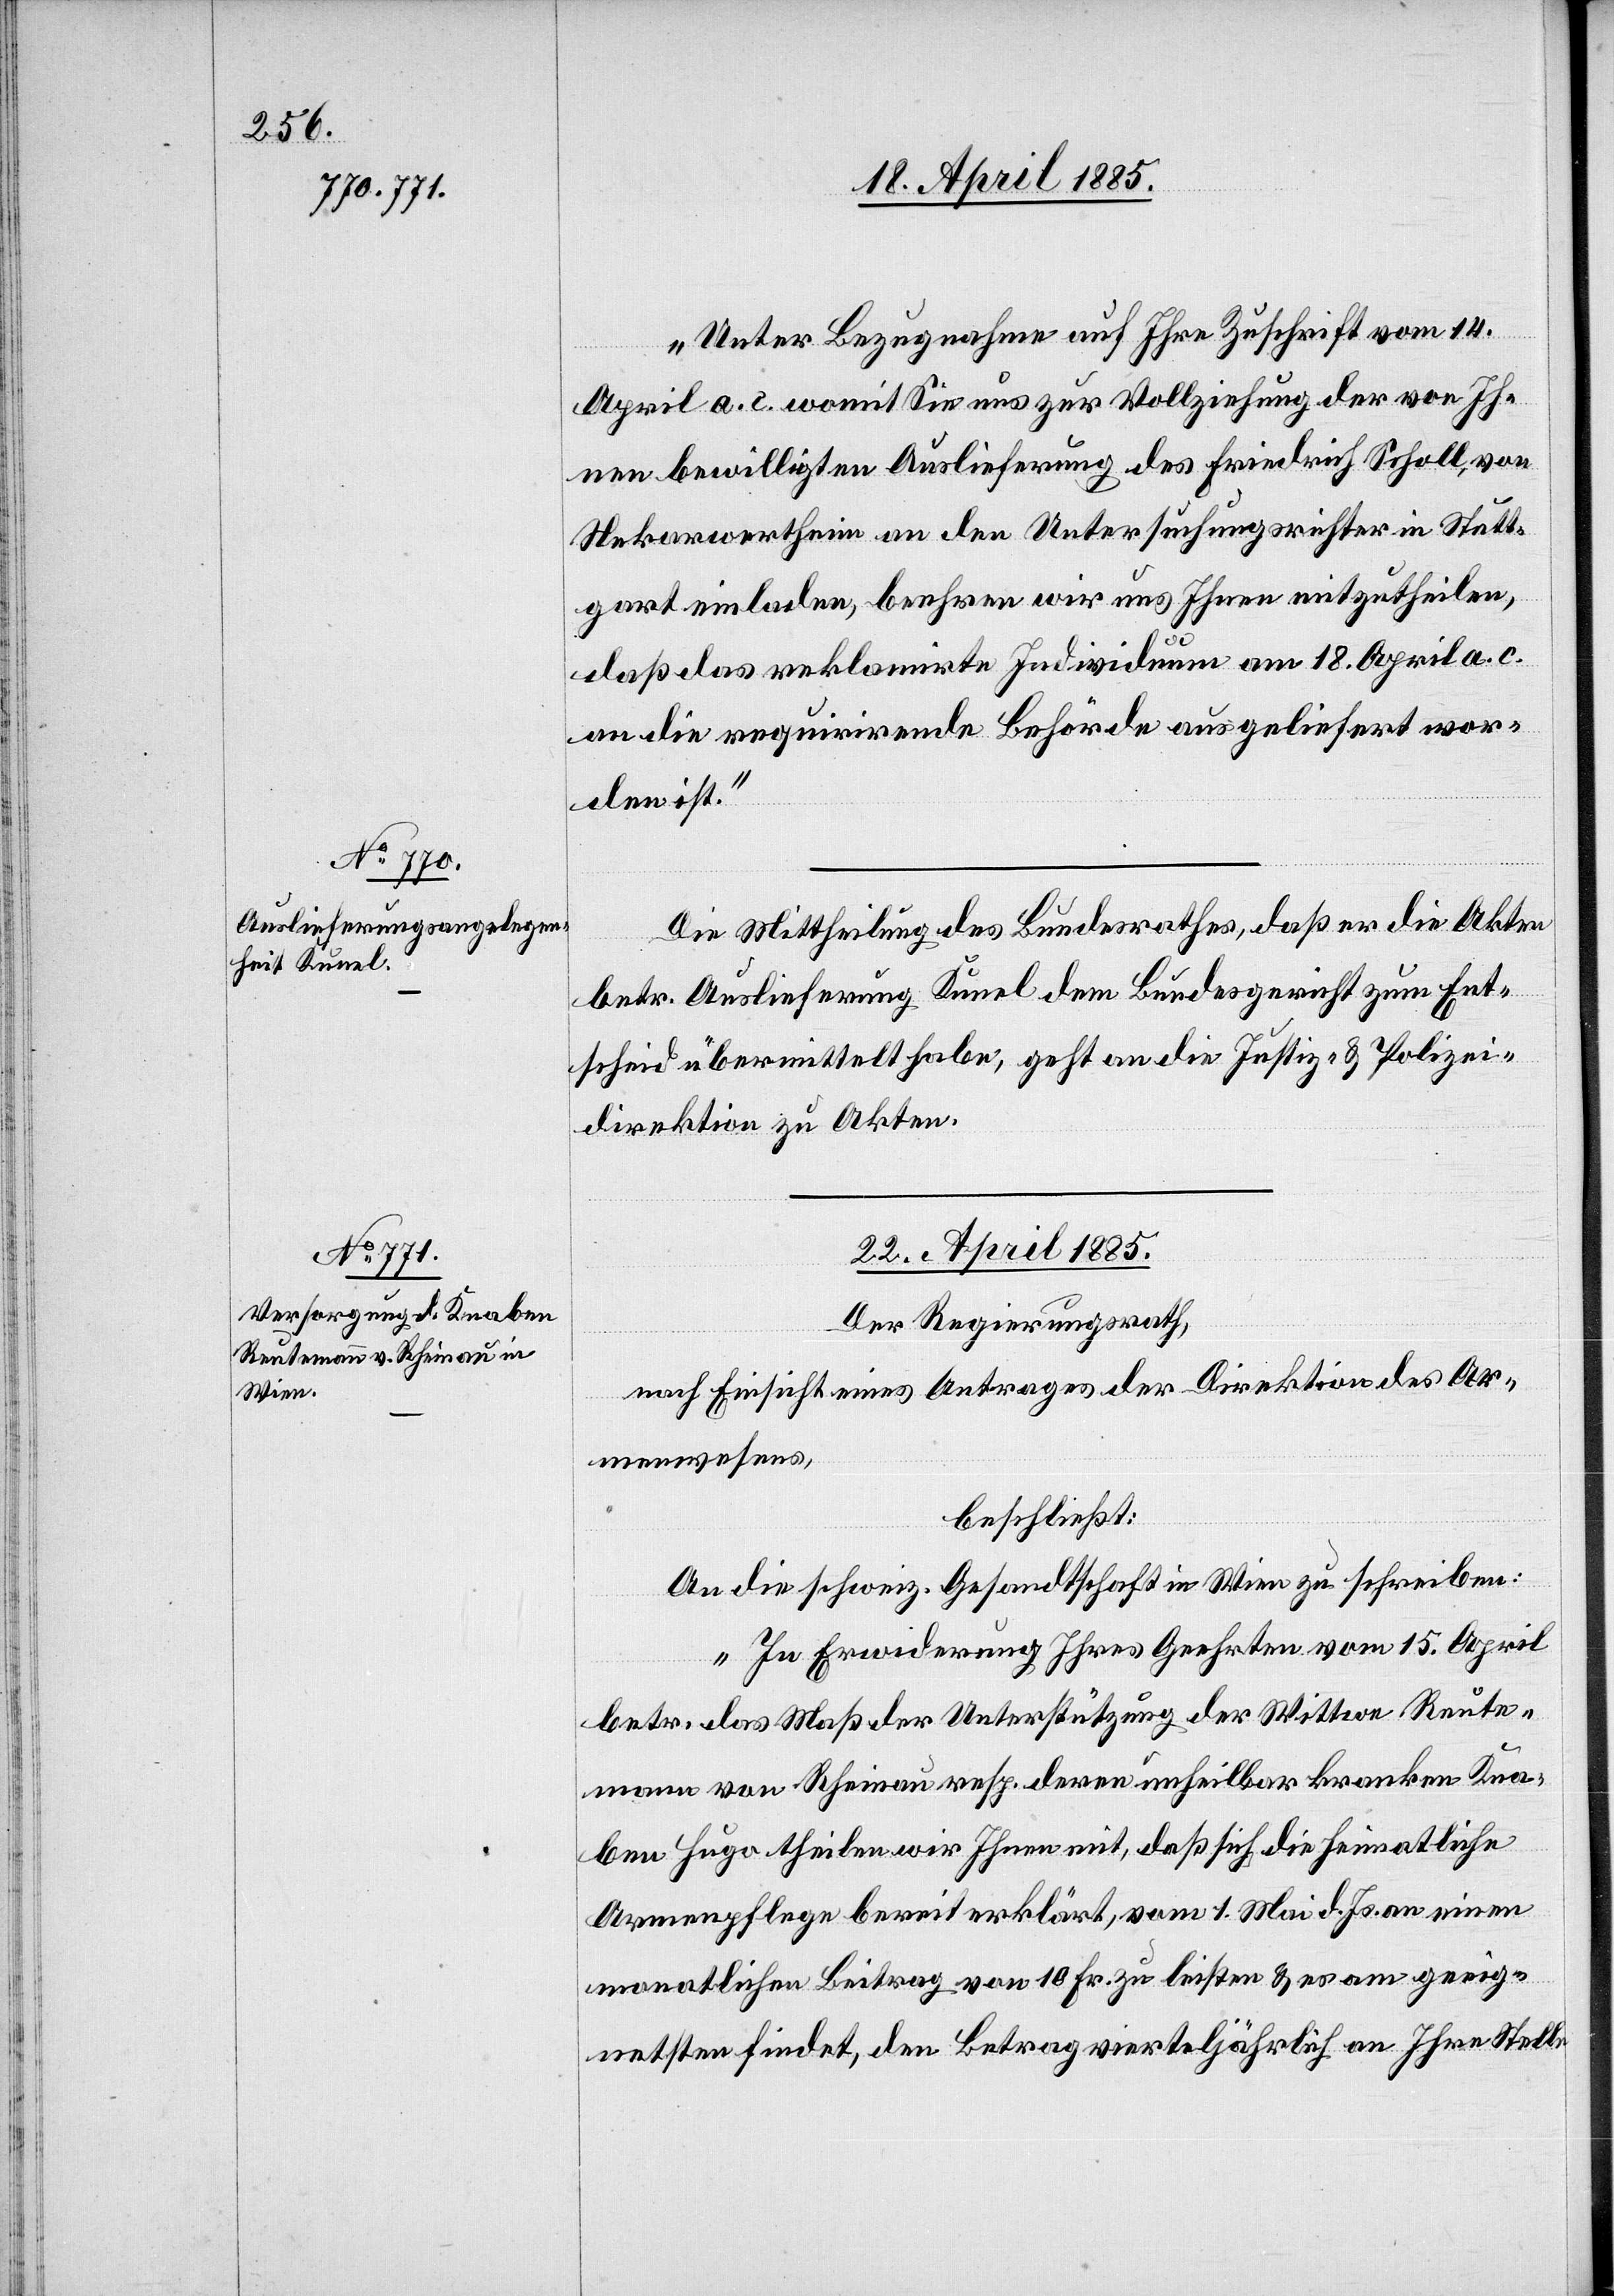
21. April 1885.]
„Unter Bezugnahme auf Ihre Zuschrift vom 14.
April a. c. womit Sie uns zur Vollziehung der von Ih¬
nen bewilligten Auslieferung des Friedrich Scholl, von
Nekarwertheim an den Untersuchungsrichter in Stutt¬
gart einladen, beehren wir uns Ihnen mitzutheilen,
daß das reklamirte Individuum am 18. April a. c.
an die requirirende Behörde ausgeliefert wor¬
den ist.“
Die Mittheilung des Bundesrathes, daß er die Akten
betr. Auslieferung Kunel dem Bundesgericht zum Ent¬
scheid übermittelt habe, geht an die Justiz- & Polizei¬
direktion zu Akten.
22. April 1885.
Der Regierungsrath,
nach Einsicht eines Antrages der Direktion des Ar¬
menwesens,
beschließt:
An die schweiz. Gesandtschaft in Wien zu schreiben:
„In Erwiderung Ihres Geehrten vom 15. April
betr. das Maß der Unterstützung der Wittwe Reute¬
mann von Rheinau resp. deren unheilbar kranken Kna¬
ben Hugo theilen wir Ihnen mit, daß sich die heimatliche
Armenpflege bereit erklärt, vom 1. Mai d. Js an einen
monatlichen Beitrag von 10 Fr. zu leisten & es am geeig¬
netsten findet, den Betrag vierteljährlich an Ihre Stelle